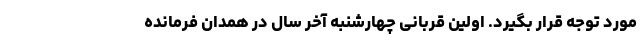
مورد توجه قرار بگیرد. اولین قربانی چهارشنبه آخر سال در همدان فرمانده